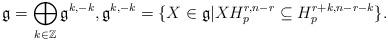
LaTeX: \begin{align*}\mathfrak{g}=\bigoplus_{k\in \mathbb{Z}} \mathfrak{g}^{k, -k}, \mathfrak{g}^{k, -k}=\{X\in \mathfrak{g}|XH_p^{r, n-r}\subseteq H_p^{r+k, n-r-k}\}.\end{align*}